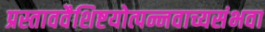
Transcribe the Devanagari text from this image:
प्रस्ताववैशिष्टयोत्पन्नवाच्यसंभवा